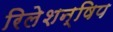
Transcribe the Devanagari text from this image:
रिलेशन्षिप